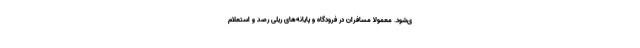
ی‌شود. معمولا مسافران در فرودگاه و پایانه‌های ریلی رصد و استعلام